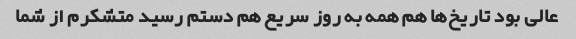
عالی بود تاریخ‌ها هم همه به روز سریع هم دستم رسید متشکرم از شما